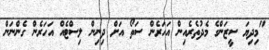
"މިދިޔަ ސީޒަންގެ މެދުތެރެއިން އަހަރެން ސަތޯ އަށް ދިނިން ލިސްޓެއް އަހަރެން ގެންނަން